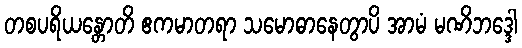
တစပရိယန္တောတိ ဧကမာတရာ သမောဓာနေတွာပိ အာမံ မဏိဘဒ္ဒေါ